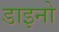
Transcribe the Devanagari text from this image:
डाइनो